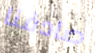
صادفنا